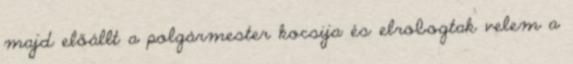
majd előállt a polgármester kocsija és elrobogtak velem a